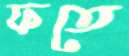
ফতে